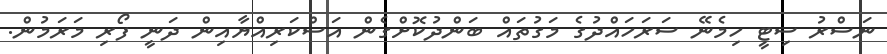
ނަސްރު ސިޓީ ހިމެނޭ ސަރަހައްދުގެ މަގުތައް ބަންދުކޮށްގެން އަސްކަރިއްޔާއިން ދަނީ ފޯރި މަރަމުން.